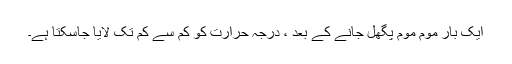
ایک بار موم موم پگھل جانے کے بعد ، درجہ حرارت کو کم سے کم تک لایا جاسکتا ہے۔